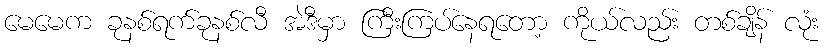
မေမေက ခုနစ်ရက်ခုနစ်လီ အဲဒီမှာ ကြီးကြပ်နေရတော့ ကိုယ်လည်း တစ်ချိန် လုံး